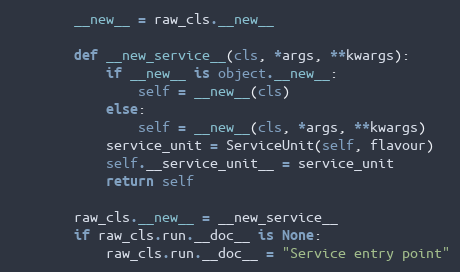
Language: Python
        __new__ = raw_cls.__new__

        def __new_service__(cls, *args, **kwargs):
            if __new__ is object.__new__:
                self = __new__(cls)
            else:
                self = __new__(cls, *args, **kwargs)
            service_unit = ServiceUnit(self, flavour)
            self.__service_unit__ = service_unit
            return self

        raw_cls.__new__ = __new_service__
        if raw_cls.run.__doc__ is None:
            raw_cls.run.__doc__ = "Service entry point"